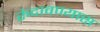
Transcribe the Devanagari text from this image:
रुंदावण्यास